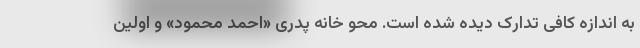
به اندازه کافی تدارک دیده شده است. محو خانه پدری «احمد محمود» و اولین